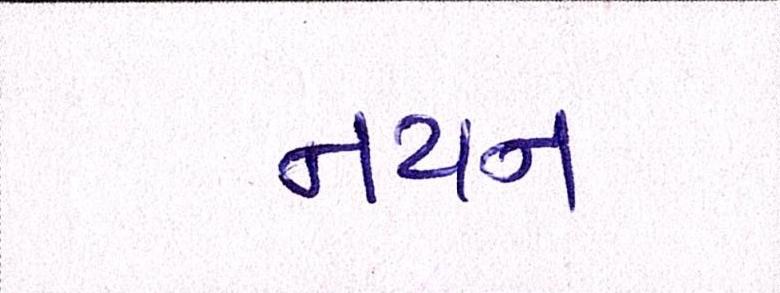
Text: નયન